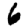
Digit: 6